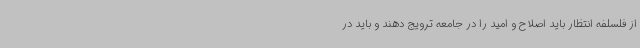
از فلسلفه انتظار باید اصلاح و امید را در جامعه ترویج دهند و باید در